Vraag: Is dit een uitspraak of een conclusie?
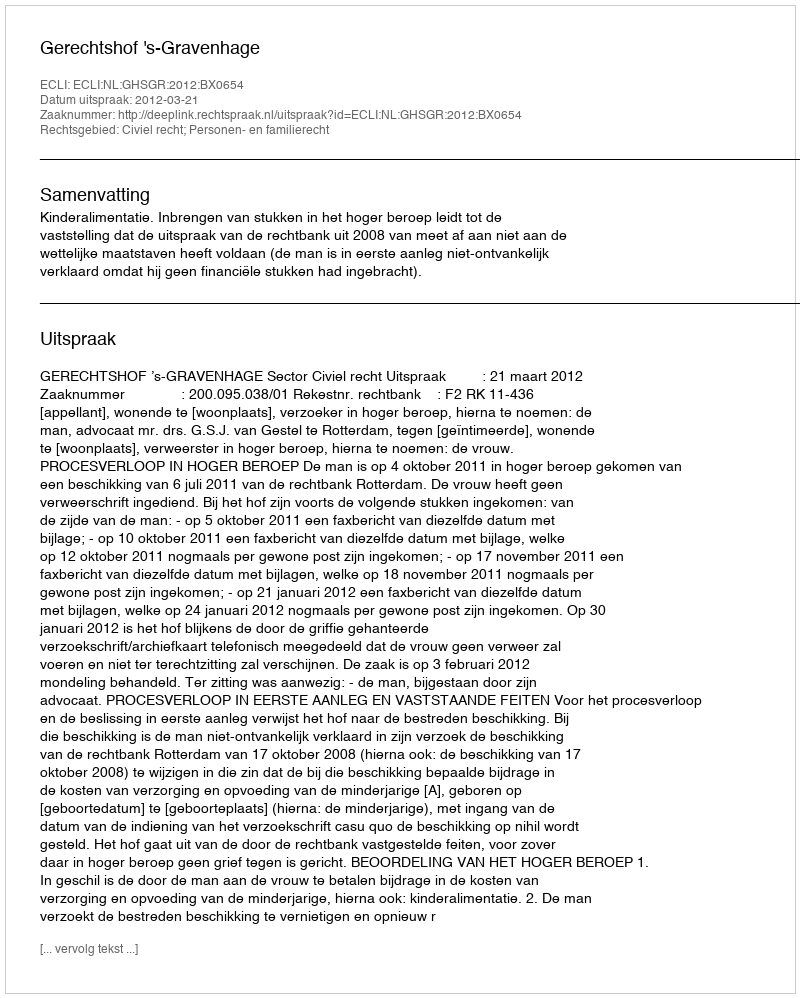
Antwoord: Uitspraak